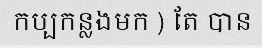
កប្បកន្លងមក ) តែ បាន